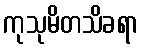
ကုသုမိတသိခရာ